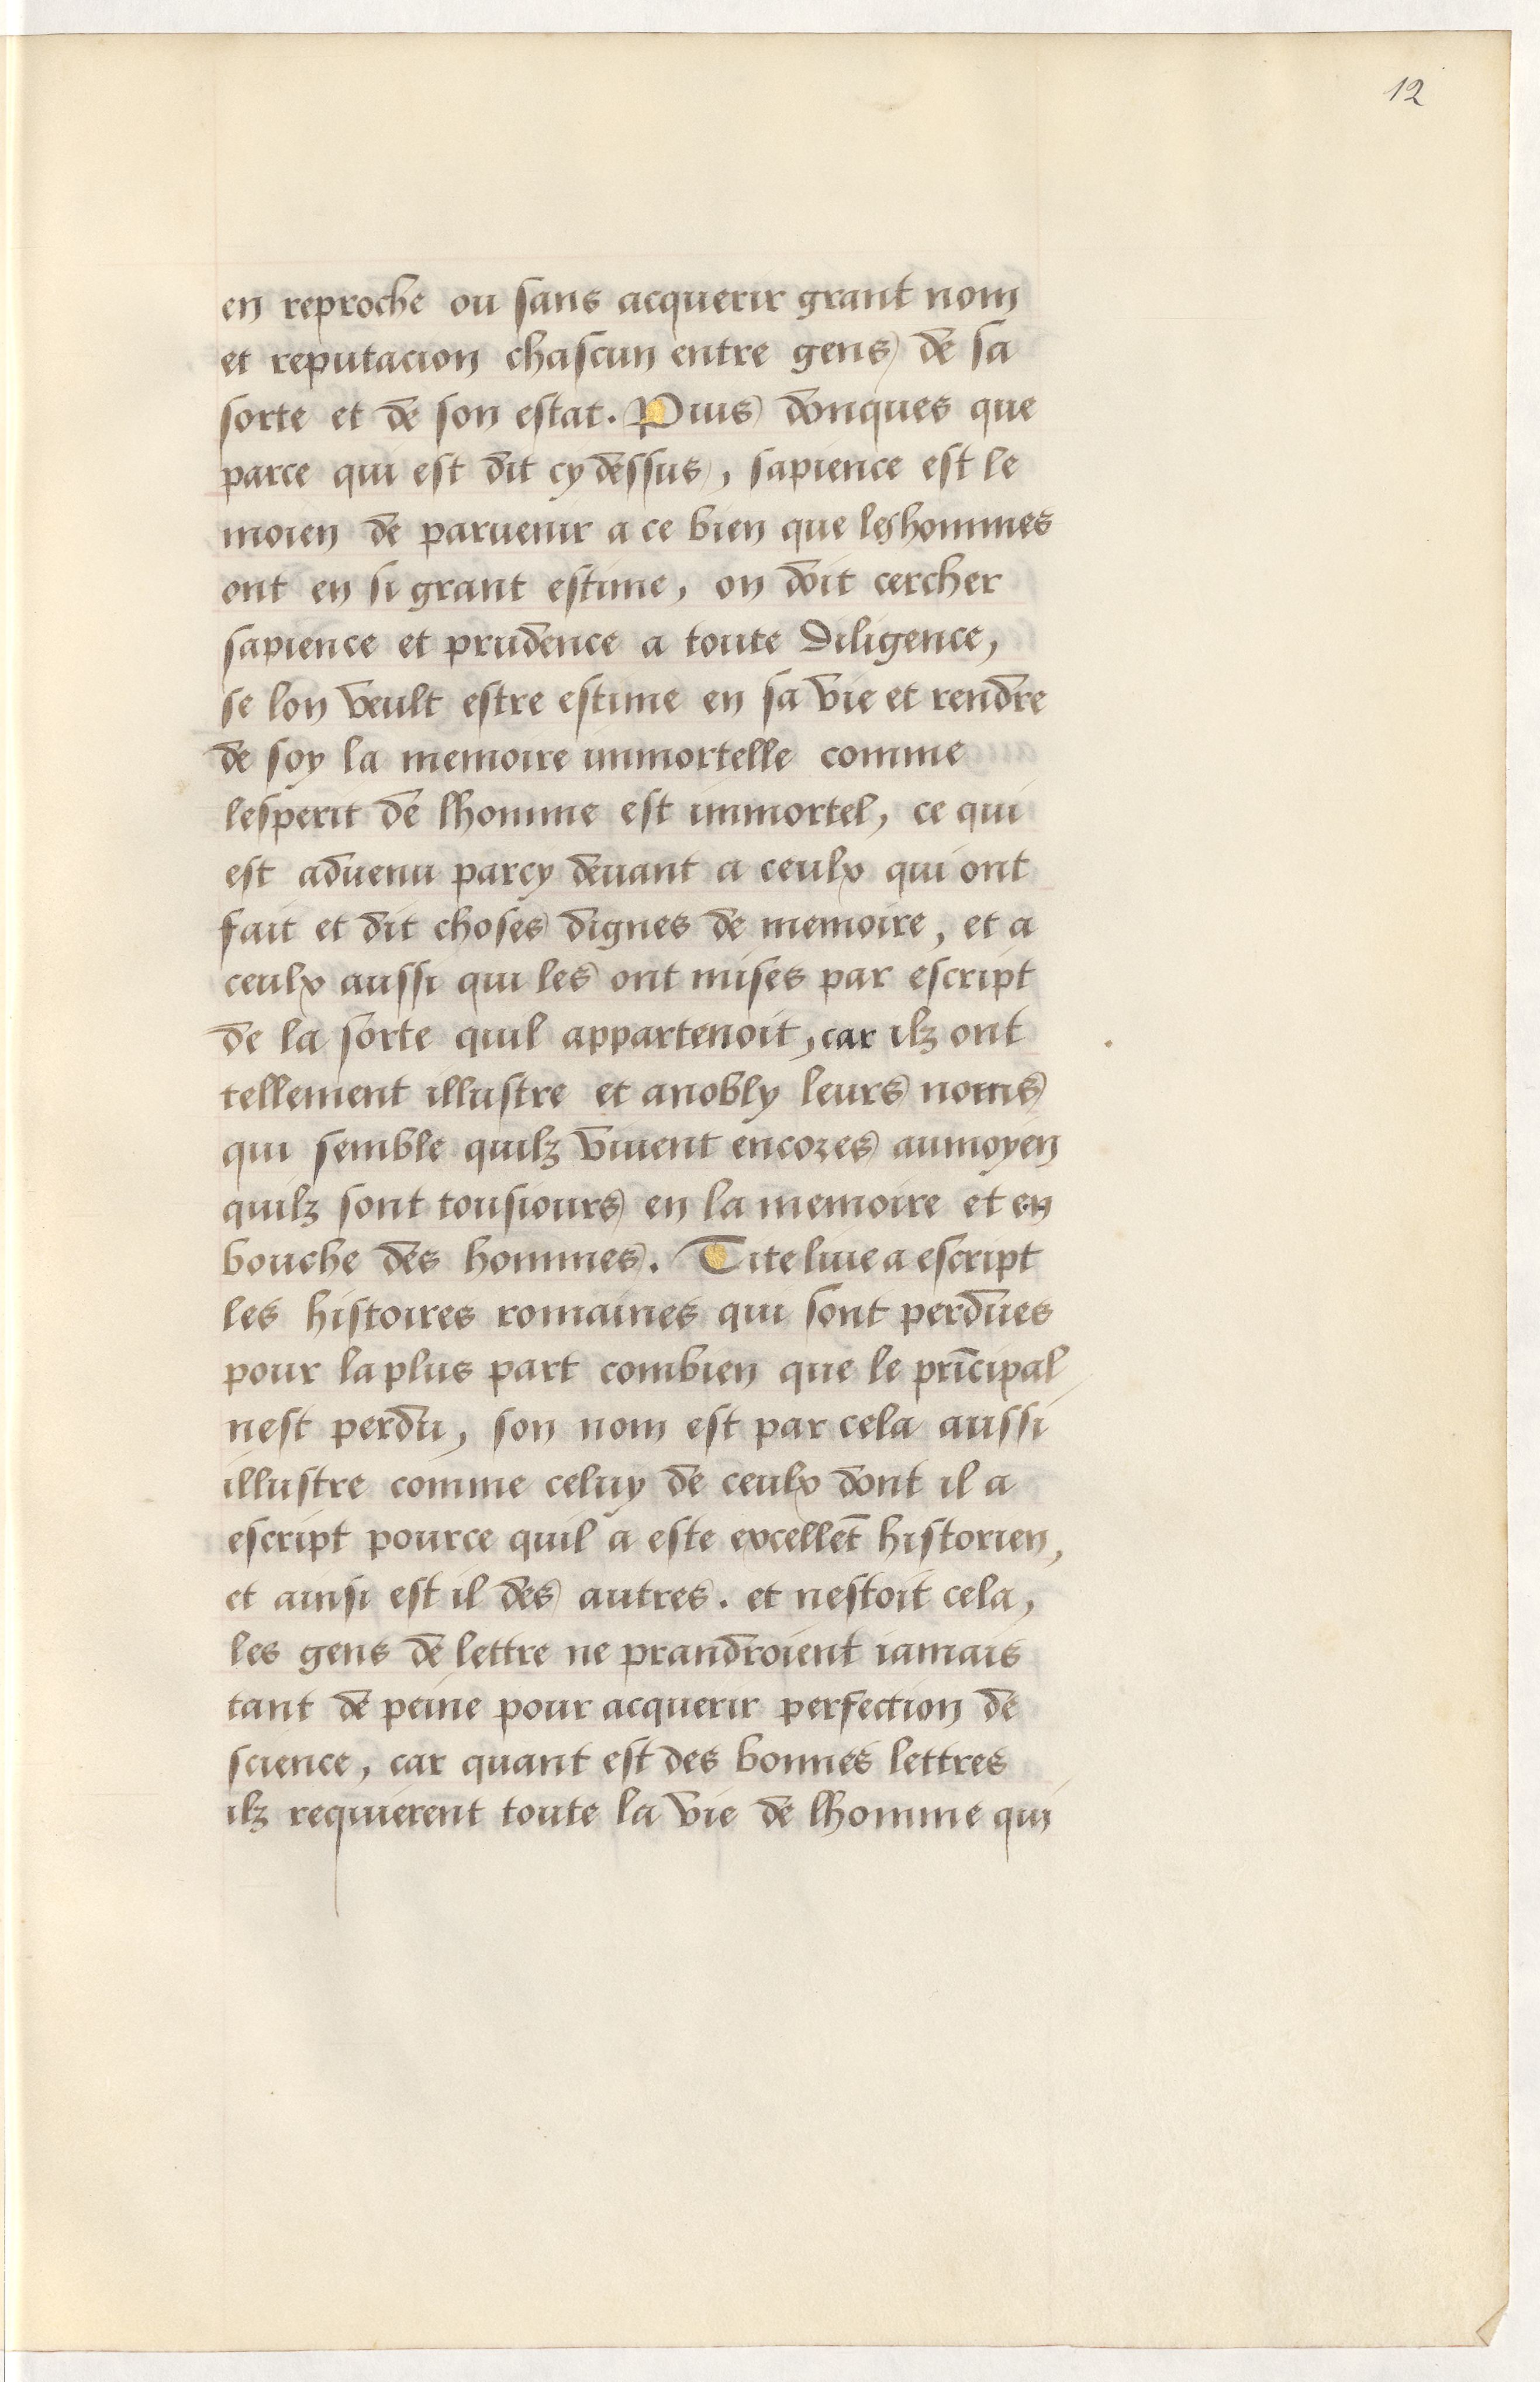
Shelfmark: Paris, BnF, Arsenal, 5103
Century: 15